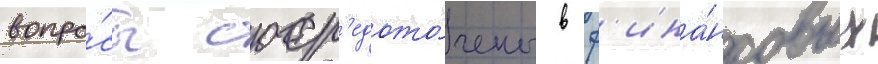
вопро́сы соср'едото́чены в ф'ина́нсовых